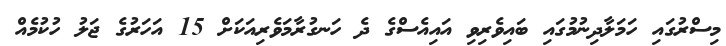
މިސްރުގައި ހަމަލާދިނުމުގައި ބައިވެރިވި އައިއެސްގެ ދެ ހަނގުރާމަވެރިއަކަށް 15 އަހަރުގެ ޖަލު ހުކުމެއް